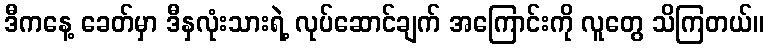
ဒီကနေ့ ခေတ်မှာ ဒီနှလုံးသားရဲ့ လုပ်ဆောင်ချက် အကြောင်းကို လူတွေ သိကြတယ်။